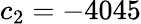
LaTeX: c_{2}=-4045